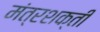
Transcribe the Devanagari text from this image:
मंत्रशक्ती